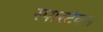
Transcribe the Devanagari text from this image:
स्पारटेक्स